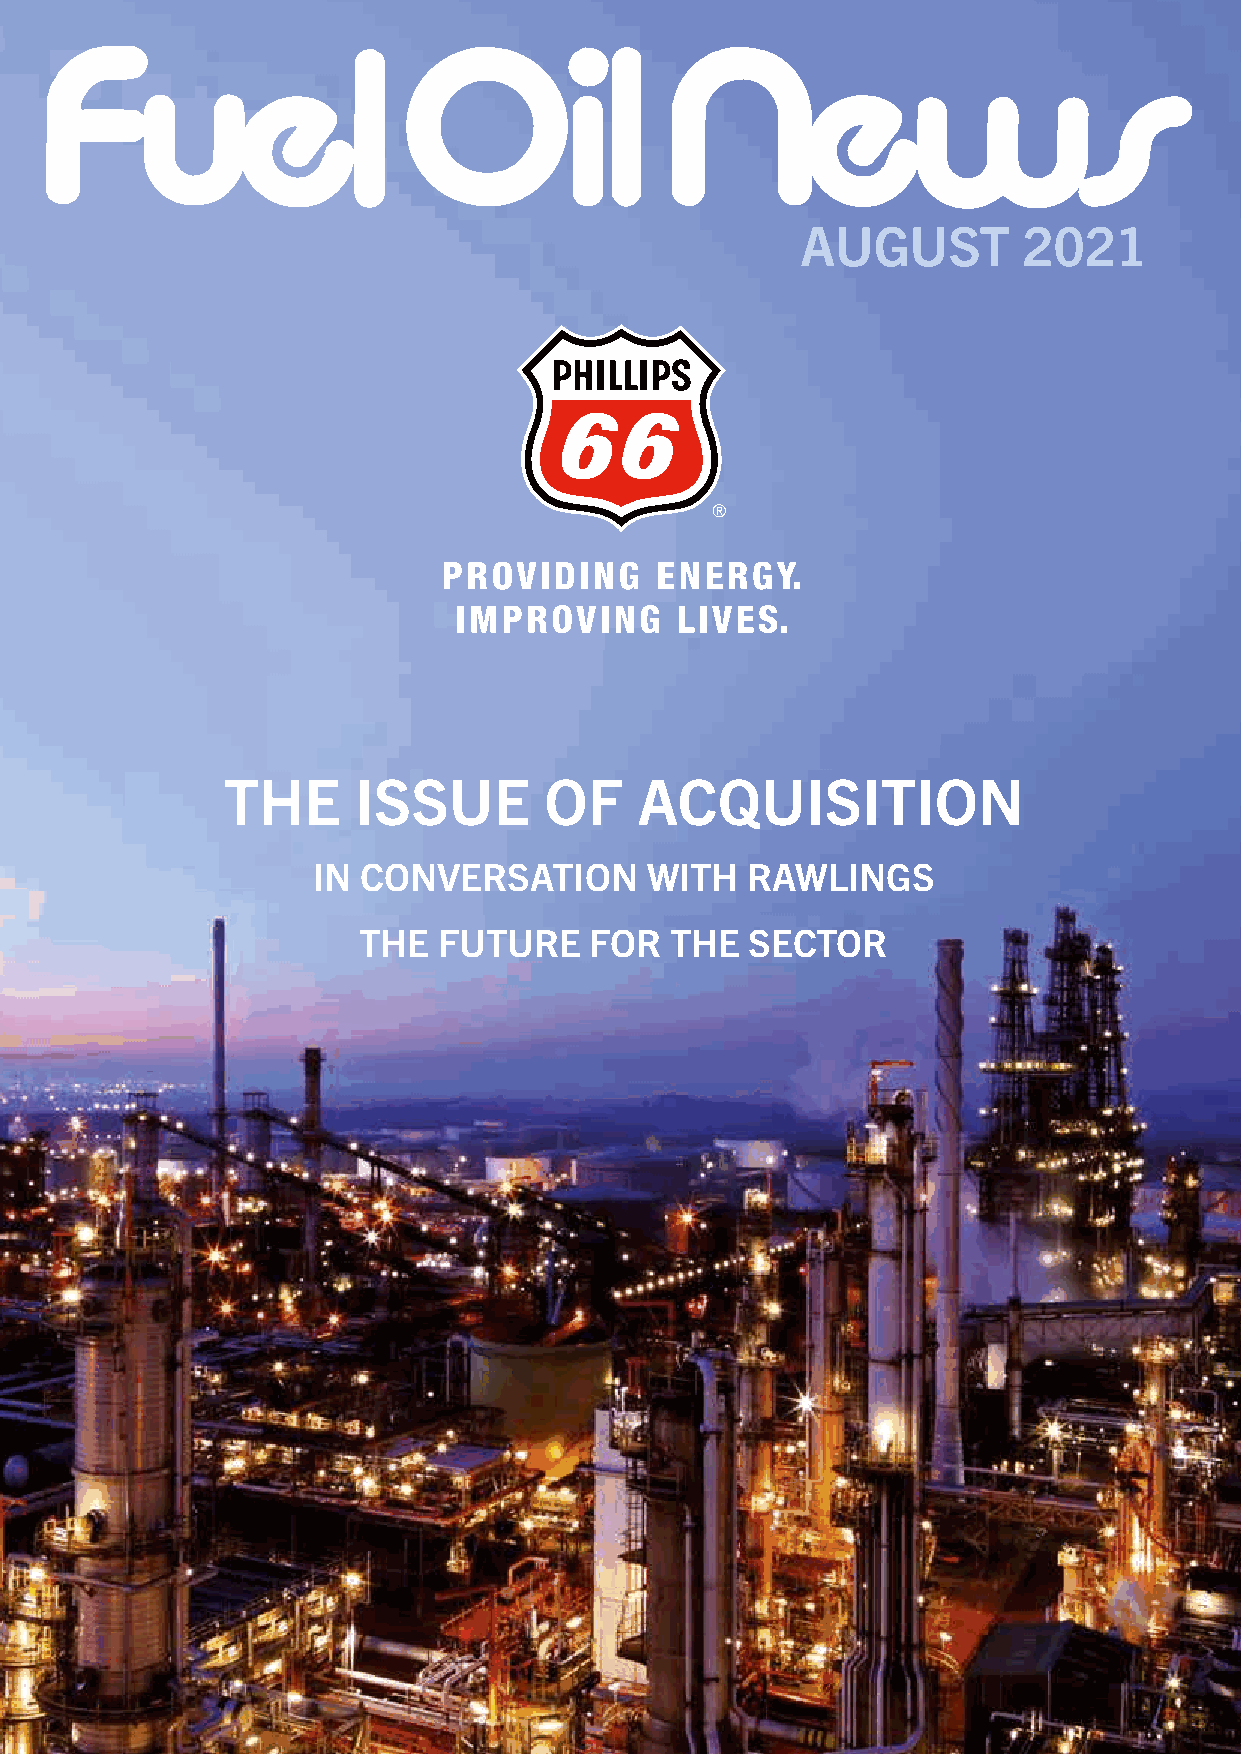
AUGUST         2021
 THE     ISSUE        OF    ACQUISITION
 IN CONVERSATION       WITH  RAWLINGS
 THE  FUTURE    FOR  THE   SECTOR